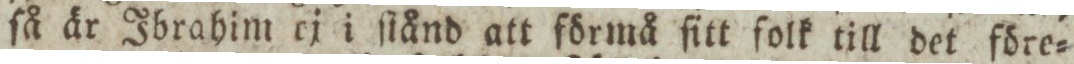
ſå är Ibrahim ej i ſtånd att förmå ſitt folk till det före=